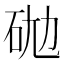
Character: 𰦮